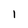
Character: 1